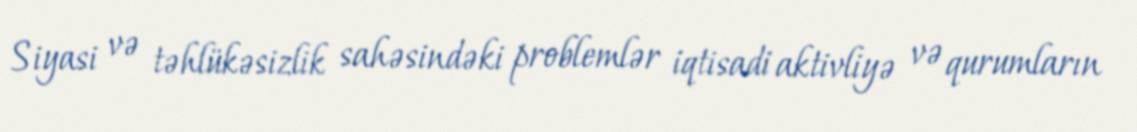
Siyasi və təhlükəsizlik sahəsindəki problemlər iqtisadi aktivliyə və qurumların